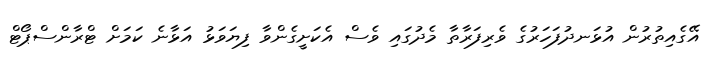
އޭގެއިތުރުން އުޅަނދުފަހަރުގެ ވެރިފަރާތާ މެދުގައި ވެސް އެކަށީގެންވާ ފިޔަވަޅު އަޅާނެ ކަމަށް ޓްރާންސްޕޯޓް